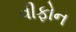
વીફોન